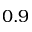
0 . 9